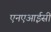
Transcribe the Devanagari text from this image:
एनएआईसी